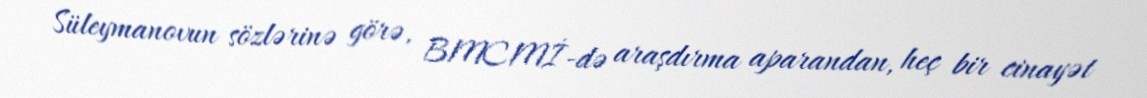
Süleymanovun sözlərinə görə, BMCMİ-də araşdırma aparandan, heç bir cinayət